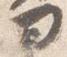
ヨ